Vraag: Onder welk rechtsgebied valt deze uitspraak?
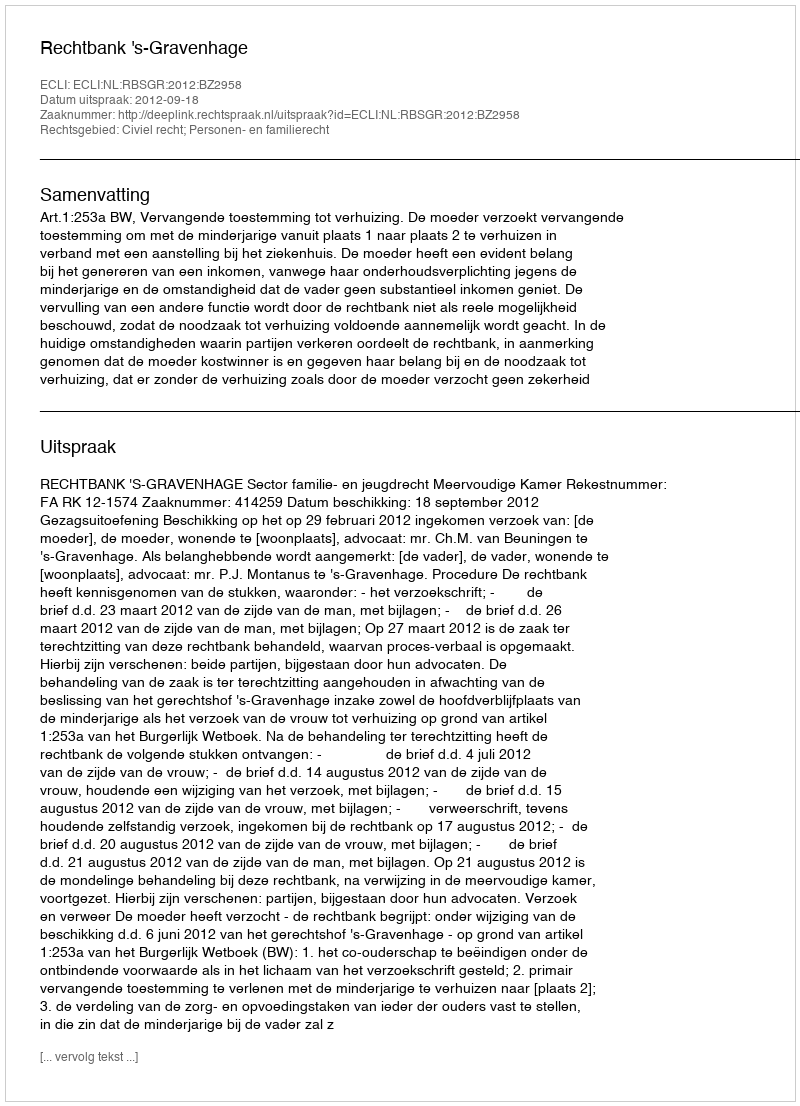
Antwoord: Civiel recht; Personen- en familierecht